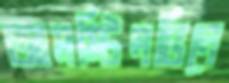
আমস্টিলভিনে